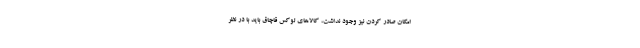
امکان صادر کردن نیز وجود نداشت، کالاهای لوکس قاچاق باید با در نظر